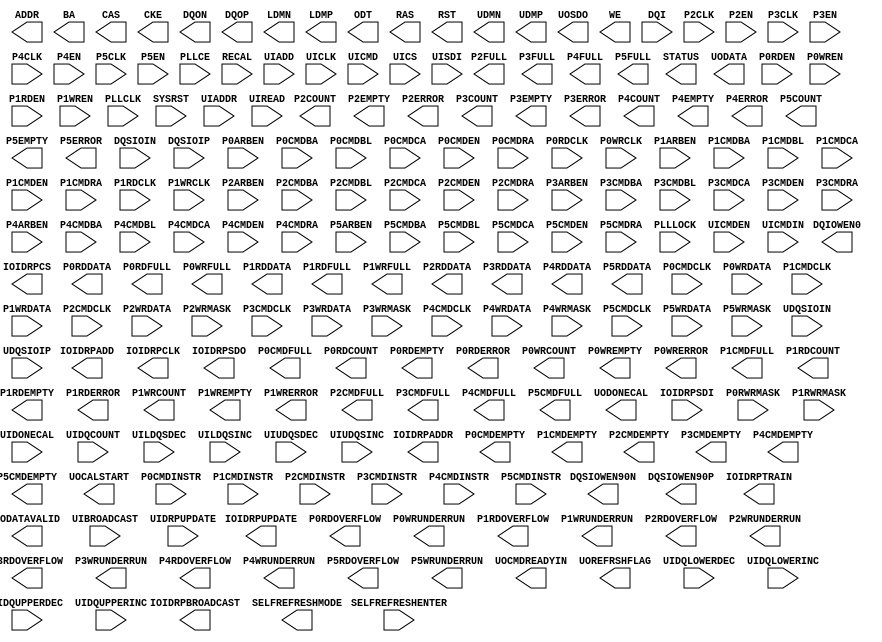
// $Header: /devl/xcs/repo/env/Databases/CAEInterfaces/xec_libs/data/unisims/MCB.v,v 1.4 2010/02/23 23:33:22 vandanad Exp $
///////////////////////////////////////////////////////////////////////////////
// Copyright (c) 1995/2009 Xilinx, Inc.
// All Right Reserved.
///////////////////////////////////////////////////////////////////////////////
//   ____  ____
//  /   /\/   /
// /___/  \  /    Vendor : Xilinx
// \   \   \/     Version : 11.1i (L.11)
//  \   \         Description : Xilinx Formal Library Component
//  /   /
// /___/   /\     Filename : MCB.v
// \   \  /  \    Timestamp :
//  \___\/\___\
//
// Revision:
//    04/28/09 - Initial version.
// End Revision
///////////////////////////////////////////////////////

`timescale 1 ps / 1 ps 

module MCB (
  ADDR,
  BA,
  CAS,
  CKE,
  DQIOWEN0,
  DQON,
  DQOP,
  DQSIOWEN90N,
  DQSIOWEN90P,
  IOIDRPADD,
  IOIDRPADDR,
  IOIDRPBROADCAST,
  IOIDRPCLK,
  IOIDRPCS,
  IOIDRPSDO,
  IOIDRPTRAIN,
  IOIDRPUPDATE,
  LDMN,
  LDMP,
  ODT,
  P0CMDEMPTY,
  P0CMDFULL,
  P0RDCOUNT,
  P0RDDATA,
  P0RDEMPTY,
  P0RDERROR,
  P0RDFULL,
  P0RDOVERFLOW,
  P0WRCOUNT,
  P0WREMPTY,
  P0WRERROR,
  P0WRFULL,
  P0WRUNDERRUN,
  P1CMDEMPTY,
  P1CMDFULL,
  P1RDCOUNT,
  P1RDDATA,
  P1RDEMPTY,
  P1RDERROR,
  P1RDFULL,
  P1RDOVERFLOW,
  P1WRCOUNT,
  P1WREMPTY,
  P1WRERROR,
  P1WRFULL,
  P1WRUNDERRUN,
  P2CMDEMPTY,
  P2CMDFULL,
  P2COUNT,
  P2EMPTY,
  P2ERROR,
  P2FULL,
  P2RDDATA,
  P2RDOVERFLOW,
  P2WRUNDERRUN,
  P3CMDEMPTY,
  P3CMDFULL,
  P3COUNT,
  P3EMPTY,
  P3ERROR,
  P3FULL,
  P3RDDATA,
  P3RDOVERFLOW,
  P3WRUNDERRUN,
  P4CMDEMPTY,
  P4CMDFULL,
  P4COUNT,
  P4EMPTY,
  P4ERROR,
  P4FULL,
  P4RDDATA,
  P4RDOVERFLOW,
  P4WRUNDERRUN,
  P5CMDEMPTY,
  P5CMDFULL,
  P5COUNT,
  P5EMPTY,
  P5ERROR,
  P5FULL,
  P5RDDATA,
  P5RDOVERFLOW,
  P5WRUNDERRUN,
  RAS,
  RST,
  SELFREFRESHMODE,
  STATUS,
  UDMN,
  UDMP,
  UOCALSTART,
  UOCMDREADYIN,
  UODATA,
  UODATAVALID,
  UODONECAL,
  UOREFRSHFLAG,
  UOSDO,
  WE,
  DQI,
  DQSIOIN,
  DQSIOIP,
  IOIDRPSDI,
  P0ARBEN,
  P0CMDBA,
  P0CMDBL,
  P0CMDCA,
  P0CMDCLK,
  P0CMDEN,
  P0CMDINSTR,
  P0CMDRA,
  P0RDCLK,
  P0RDEN,
  P0RWRMASK,
  P0WRCLK,
  P0WRDATA,
  P0WREN,
  P1ARBEN,
  P1CMDBA,
  P1CMDBL,
  P1CMDCA,
  P1CMDCLK,
  P1CMDEN,
  P1CMDINSTR,
  P1CMDRA,
  P1RDCLK,
  P1RDEN,
  P1RWRMASK,
  P1WRCLK,
  P1WRDATA,
  P1WREN,
  P2ARBEN,
  P2CLK,
  P2CMDBA,
  P2CMDBL,
  P2CMDCA,
  P2CMDCLK,
  P2CMDEN,
  P2CMDINSTR,
  P2CMDRA,
  P2EN,
  P2WRDATA,
  P2WRMASK,
  P3ARBEN,
  P3CLK,
  P3CMDBA,
  P3CMDBL,
  P3CMDCA,
  P3CMDCLK,
  P3CMDEN,
  P3CMDINSTR,
  P3CMDRA,
  P3EN,
  P3WRDATA,
  P3WRMASK,
  P4ARBEN,
  P4CLK,
  P4CMDBA,
  P4CMDBL,
  P4CMDCA,
  P4CMDCLK,
  P4CMDEN,
  P4CMDINSTR,
  P4CMDRA,
  P4EN,
  P4WRDATA,
  P4WRMASK,
  P5ARBEN,
  P5CLK,
  P5CMDBA,
  P5CMDBL,
  P5CMDCA,
  P5CMDCLK,
  P5CMDEN,
  P5CMDINSTR,
  P5CMDRA,
  P5EN,
  P5WRDATA,
  P5WRMASK,
  PLLCE,
  PLLCLK,
  PLLLOCK,
  RECAL,
  SELFREFRESHENTER,
  SYSRST,
  UDQSIOIN,
  UDQSIOIP,
  UIADD,
  UIADDR,
  UIBROADCAST,
  UICLK,
  UICMD,
  UICMDEN,
  UICMDIN,
  UICS,
  UIDONECAL,
  UIDQCOUNT,
  UIDQLOWERDEC,
  UIDQLOWERINC,
  UIDQUPPERDEC,
  UIDQUPPERINC,
  UIDRPUPDATE,
  UILDQSDEC,
  UILDQSINC,
  UIREAD,
  UISDI,
  UIUDQSDEC,
  UIUDQSINC
);

  parameter integer ARB_NUM_TIME_SLOTS = 12;
  parameter [17:0] ARB_TIME_SLOT_0 = 18'b111111111111111111;
  parameter [17:0] ARB_TIME_SLOT_1 = 18'b111111111111111111;
  parameter [17:0] ARB_TIME_SLOT_10 = 18'b111111111111111111;
  parameter [17:0] ARB_TIME_SLOT_11 = 18'b111111111111111111;
  parameter [17:0] ARB_TIME_SLOT_2 = 18'b111111111111111111;
  parameter [17:0] ARB_TIME_SLOT_3 = 18'b111111111111111111;
  parameter [17:0] ARB_TIME_SLOT_4 = 18'b111111111111111111;
  parameter [17:0] ARB_TIME_SLOT_5 = 18'b111111111111111111;
  parameter [17:0] ARB_TIME_SLOT_6 = 18'b111111111111111111;
  parameter [17:0] ARB_TIME_SLOT_7 = 18'b111111111111111111;
  parameter [17:0] ARB_TIME_SLOT_8 = 18'b111111111111111111;
  parameter [17:0] ARB_TIME_SLOT_9 = 18'b111111111111111111;
  parameter [2:0] CAL_BA = 3'h0;
  parameter CAL_BYPASS = "YES";
  parameter [11:0] CAL_CA = 12'h000;
  parameter CAL_CALIBRATION_MODE = "NOCALIBRATION";
  parameter integer CAL_CLK_DIV = 1;
  parameter CAL_DELAY = "QUARTER";
  parameter [14:0] CAL_RA = 15'h0000;
  parameter MEM_ADDR_ORDER = "BANK_ROW_COLUMN";
  parameter integer MEM_BA_SIZE = 3;
  parameter integer MEM_BURST_LEN = 8;
  parameter integer MEM_CAS_LATENCY = 4;
  parameter integer MEM_CA_SIZE = 11;
  parameter MEM_DDR1_2_ODS = "FULL";
  parameter MEM_DDR2_3_HIGH_TEMP_SR = "NORMAL";
  parameter MEM_DDR2_3_PA_SR = "FULL";
  parameter integer MEM_DDR2_ADD_LATENCY = 0;
  parameter MEM_DDR2_DIFF_DQS_EN = "YES";
  parameter MEM_DDR2_RTT = "50OHMS";
  parameter integer MEM_DDR2_WRT_RECOVERY = 4;
  parameter MEM_DDR3_ADD_LATENCY = "OFF";
  parameter MEM_DDR3_AUTO_SR = "ENABLED";
  parameter integer MEM_DDR3_CAS_LATENCY = 7;
  parameter integer MEM_DDR3_CAS_WR_LATENCY = 5;
  parameter MEM_DDR3_DYN_WRT_ODT = "OFF";
  parameter MEM_DDR3_ODS = "DIV7";
  parameter MEM_DDR3_RTT = "DIV2";
  parameter integer MEM_DDR3_WRT_RECOVERY = 7;
  parameter MEM_MDDR_ODS = "FULL";
  parameter MEM_MOBILE_PA_SR = "FULL";
  parameter integer MEM_MOBILE_TC_SR = 0;
  parameter integer MEM_RAS_VAL = 0;
  parameter integer MEM_RA_SIZE = 13;
  parameter integer MEM_RCD_VAL = 1;
  parameter integer MEM_REFI_VAL = 0;
  parameter integer MEM_RFC_VAL = 0;
  parameter integer MEM_RP_VAL = 0;
  parameter integer MEM_RTP_VAL = 0;
  parameter MEM_TYPE = "DDR3";
  parameter integer MEM_WIDTH = 4;
  parameter integer MEM_WR_VAL = 0;
  parameter integer MEM_WTR_VAL = 3;
  parameter PORT_CONFIG = "B32_B32_B32_B32";

  output CAS;
  output CKE;
  output DQIOWEN0;
  output DQSIOWEN90N;
  output DQSIOWEN90P;
  output IOIDRPADD;
  output IOIDRPBROADCAST;
  output IOIDRPCLK;
  output IOIDRPCS;
  output IOIDRPSDO;
  output IOIDRPTRAIN;
  output IOIDRPUPDATE;
  output LDMN;
  output LDMP;
  output ODT;
  output P0CMDEMPTY;
  output P0CMDFULL;
  output P0RDEMPTY;
  output P0RDERROR;
  output P0RDFULL;
  output P0RDOVERFLOW;
  output P0WREMPTY;
  output P0WRERROR;
  output P0WRFULL;
  output P0WRUNDERRUN;
  output P1CMDEMPTY;
  output P1CMDFULL;
  output P1RDEMPTY;
  output P1RDERROR;
  output P1RDFULL;
  output P1RDOVERFLOW;
  output P1WREMPTY;
  output P1WRERROR;
  output P1WRFULL;
  output P1WRUNDERRUN;
  output P2CMDEMPTY;
  output P2CMDFULL;
  output P2EMPTY;
  output P2ERROR;
  output P2FULL;
  output P2RDOVERFLOW;
  output P2WRUNDERRUN;
  output P3CMDEMPTY;
  output P3CMDFULL;
  output P3EMPTY;
  output P3ERROR;
  output P3FULL;
  output P3RDOVERFLOW;
  output P3WRUNDERRUN;
  output P4CMDEMPTY;
  output P4CMDFULL;
  output P4EMPTY;
  output P4ERROR;
  output P4FULL;
  output P4RDOVERFLOW;
  output P4WRUNDERRUN;
  output P5CMDEMPTY;
  output P5CMDFULL;
  output P5EMPTY;
  output P5ERROR;
  output P5FULL;
  output P5RDOVERFLOW;
  output P5WRUNDERRUN;
  output RAS;
  output RST;
  output SELFREFRESHMODE;
  output UDMN;
  output UDMP;
  output UOCALSTART;
  output UOCMDREADYIN;
  output UODATAVALID;
  output UODONECAL;
  output UOREFRSHFLAG;
  output UOSDO;
  output WE;
  output [14:0] ADDR;
  output [15:0] DQON;
  output [15:0] DQOP;
  output [2:0] BA;
  output [31:0] P0RDDATA;
  output [31:0] P1RDDATA;
  output [31:0] P2RDDATA;
  output [31:0] P3RDDATA;
  output [31:0] P4RDDATA;
  output [31:0] P5RDDATA;
  output [31:0] STATUS;
  output [4:0] IOIDRPADDR;
  output [6:0] P0RDCOUNT;
  output [6:0] P0WRCOUNT;
  output [6:0] P1RDCOUNT;
  output [6:0] P1WRCOUNT;
  output [6:0] P2COUNT;
  output [6:0] P3COUNT;
  output [6:0] P4COUNT;
  output [6:0] P5COUNT;
  output [7:0] UODATA;

  input DQSIOIN;
  input DQSIOIP;
  input IOIDRPSDI;
  input P0ARBEN;
  input P0CMDCLK;
  input P0CMDEN;
  input P0RDCLK;
  input P0RDEN;
  input P0WRCLK;
  input P0WREN;
  input P1ARBEN;
  input P1CMDCLK;
  input P1CMDEN;
  input P1RDCLK;
  input P1RDEN;
  input P1WRCLK;
  input P1WREN;
  input P2ARBEN;
  input P2CLK;
  input P2CMDCLK;
  input P2CMDEN;
  input P2EN;
  input P3ARBEN;
  input P3CLK;
  input P3CMDCLK;
  input P3CMDEN;
  input P3EN;
  input P4ARBEN;
  input P4CLK;
  input P4CMDCLK;
  input P4CMDEN;
  input P4EN;
  input P5ARBEN;
  input P5CLK;
  input P5CMDCLK;
  input P5CMDEN;
  input P5EN;
  input PLLLOCK;
  input RECAL;
  input SELFREFRESHENTER;
  input SYSRST;
  input UDQSIOIN;
  input UDQSIOIP;
  input UIADD;
  input UIBROADCAST;
  input UICLK;
  input UICMD;
  input UICMDEN;
  input UICMDIN;
  input UICS;
  input UIDONECAL;
  input UIDQLOWERDEC;
  input UIDQLOWERINC;
  input UIDQUPPERDEC;
  input UIDQUPPERINC;
  input UIDRPUPDATE;
  input UILDQSDEC;
  input UILDQSINC;
  input UIREAD;
  input UISDI;
  input UIUDQSDEC;
  input UIUDQSINC;
  input [11:0] P0CMDCA;
  input [11:0] P1CMDCA;
  input [11:0] P2CMDCA;
  input [11:0] P3CMDCA;
  input [11:0] P4CMDCA;
  input [11:0] P5CMDCA;
  input [14:0] P0CMDRA;
  input [14:0] P1CMDRA;
  input [14:0] P2CMDRA;
  input [14:0] P3CMDRA;
  input [14:0] P4CMDRA;
  input [14:0] P5CMDRA;
  input [15:0] DQI;
  input [1:0] PLLCE;
  input [1:0] PLLCLK;
  input [2:0] P0CMDBA;
  input [2:0] P0CMDINSTR;
  input [2:0] P1CMDBA;
  input [2:0] P1CMDINSTR;
  input [2:0] P2CMDBA;
  input [2:0] P2CMDINSTR;
  input [2:0] P3CMDBA;
  input [2:0] P3CMDINSTR;
  input [2:0] P4CMDBA;
  input [2:0] P4CMDINSTR;
  input [2:0] P5CMDBA;
  input [2:0] P5CMDINSTR;
  input [31:0] P0WRDATA;
  input [31:0] P1WRDATA;
  input [31:0] P2WRDATA;
  input [31:0] P3WRDATA;
  input [31:0] P4WRDATA;
  input [31:0] P5WRDATA;
  input [3:0] P0RWRMASK;
  input [3:0] P1RWRMASK;
  input [3:0] P2WRMASK;
  input [3:0] P3WRMASK;
  input [3:0] P4WRMASK;
  input [3:0] P5WRMASK;
  input [3:0] UIDQCOUNT;
  input [4:0] UIADDR;
  input [5:0] P0CMDBL;
  input [5:0] P1CMDBL;
  input [5:0] P2CMDBL;
  input [5:0] P3CMDBL;
  input [5:0] P4CMDBL;
  input [5:0] P5CMDBL;

endmodule